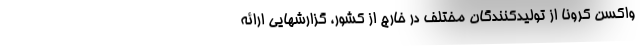
واکسن کرونا از تولیدکنندگان مختلف در خارج از کشور، گزارشهایی ارائه